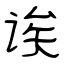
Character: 诶